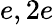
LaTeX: e,2e